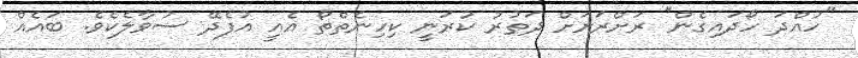
"ހުއްދަ ހޯދައިގެން" ރަށްރަށަށް ދަތުރު ކުރަނީ ކިހިނެތްތޯ އެއީ އުފެދޭ ސުވާލެކެވެ. ބައެއް